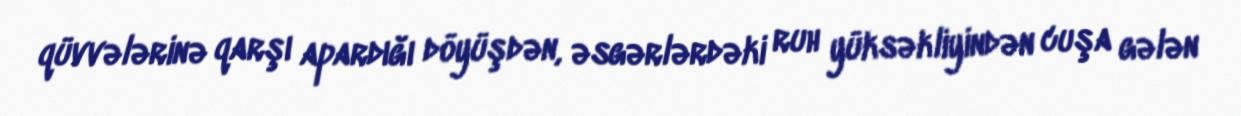
qüvvələrinə qarşı apardığı döyüşdən, əsgərlərdəki ruh yüksəkliyindən cuşa gələn